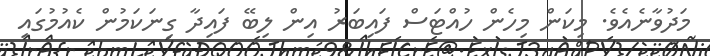
މަދުވާނެއެވެ. މިކަން މިހެން ހުއްޓަސް ފައިބަރު އިން ލިބޭ ފައިދާ ގިނަކަމުން ކެއުމުގައި